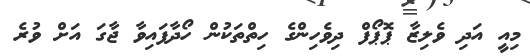
މިއީ އަދި ވެލިޒާ ޕޮޕޯފް ދިވެހިންގެ ހިތްތަކުން ހޯދާފައިވާ ޖާގަ އަށް ވުރެ